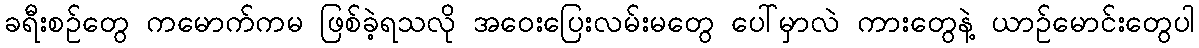
ခရီးစဉ်တွေ ကမောက်ကမ ဖြစ်ခဲ့ရသလို အဝေးပြေးလမ်းမတွေ ပေါ်မှာလဲ ကားတွေနဲ့ ယာဉ်မောင်းတွေပါ